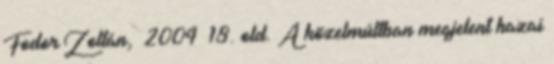
Fodor Zoltán, 2004 18. old. A közelmúltban megjelent hazai